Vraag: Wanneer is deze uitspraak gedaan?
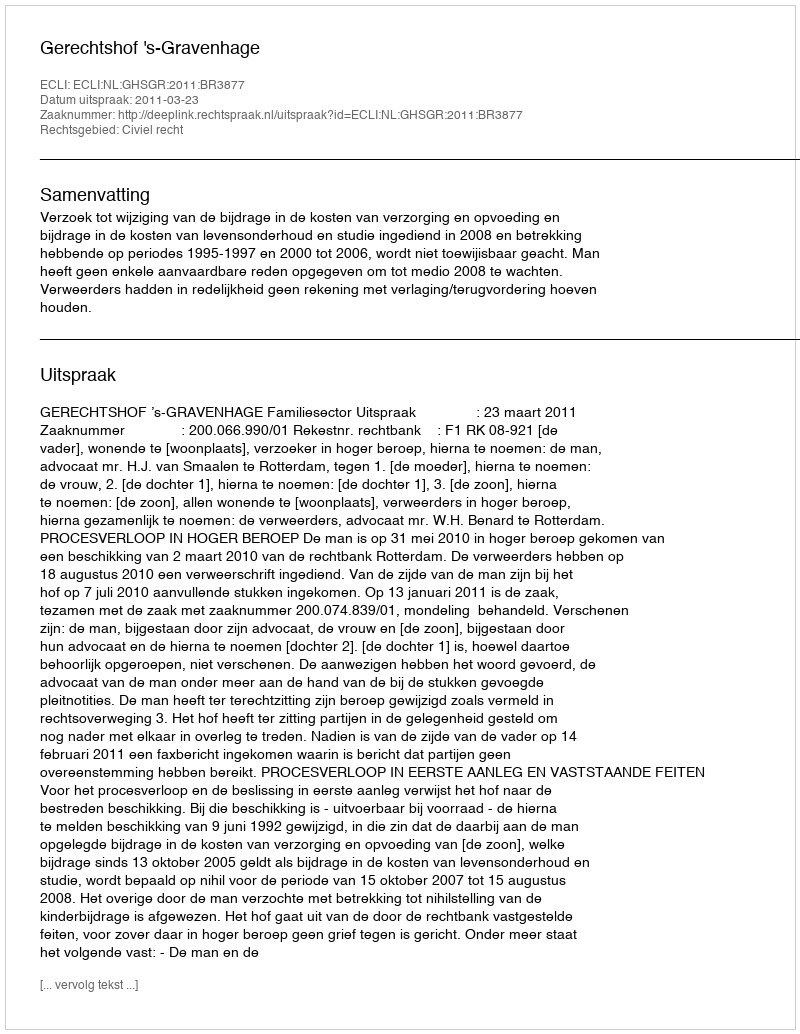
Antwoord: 2011-03-23